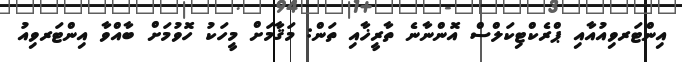
އިންޓަރވިއުއާއި ޕްރެކްޓިކަލްސް އޮންނާނެ ތާރީޚާއި ތަން: މަޤާމަށް މީހަކު ހޮވުމަށް ބާއްވާ އިންޓަރވިއު